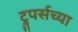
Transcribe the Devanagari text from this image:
ट्रुपर्सच्या